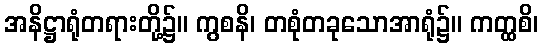
အနိဋ္ဌာရုံတရားတို့၌။ ကွစနိ၊ တစုံတခုသောအာရုံ၌။ ကတ္ထစိ၊